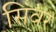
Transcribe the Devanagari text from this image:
सिवर